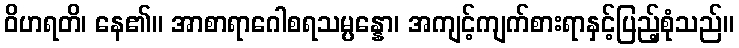
ဝိဟရတိ၊ နေ၏။ အာစာရာဂေါစရသမ္ပန္နော၊ အကျင့်ကျက်စားရာနှင့်ပြည့်စုံသည်။